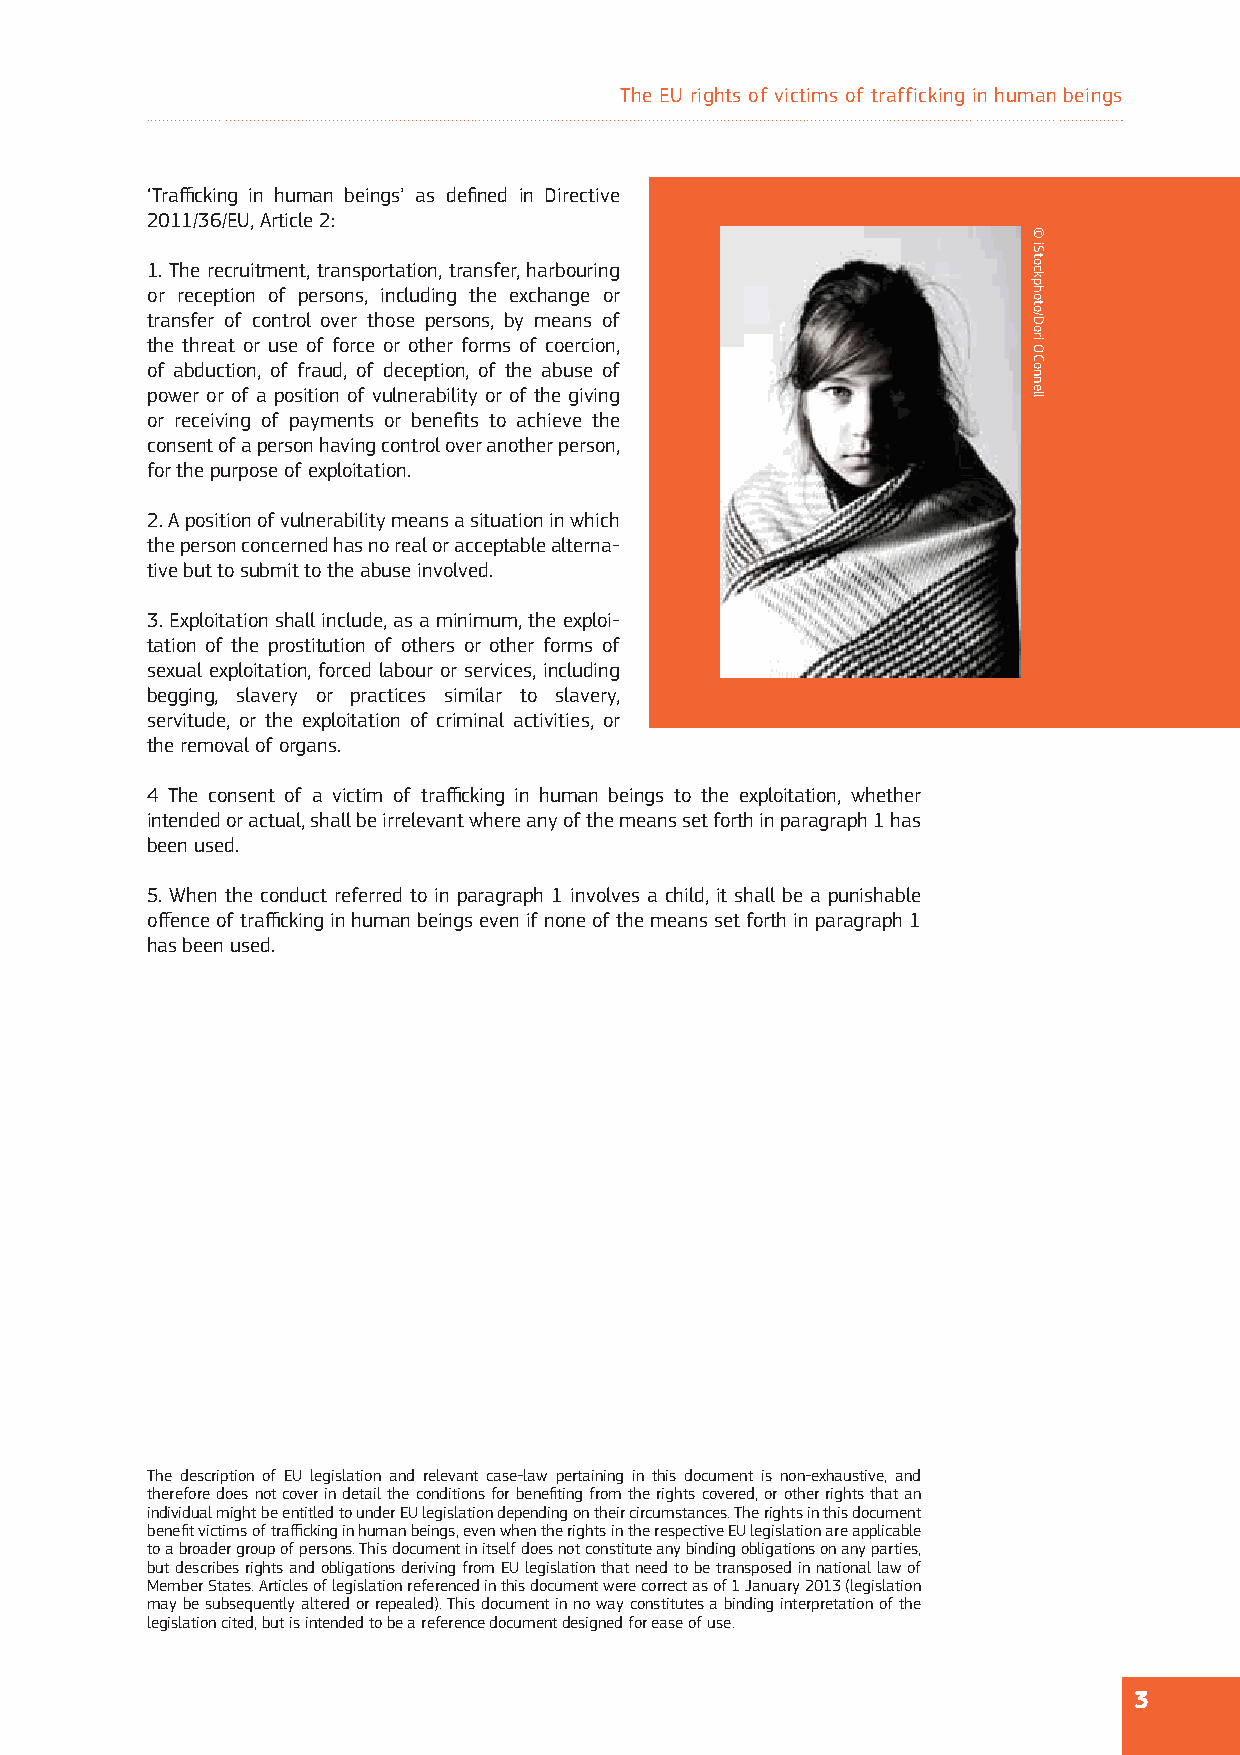
The EU rights of victims of trafficking in human beings
 ‘Traffi cking in human beings’ as defi ned in Directive
 2011/36/EU, Article 2:
 1. The recruitment, transportation, transfer, harbouring
 or reception of persons, including the exchange or
 transfer of control over those persons, by means of
 the threat or use of force or other forms of coercion,
 of abduction, of fraud, of deception, of the abuse of
 power or of a position of vulnerability or of the giving
 or receiving of payments or benefi ts to achieve the
 consent of a person having control over another person,
 for the purpose of exploitation.
 2. A position of vulnerability means a situation in which
 the person concerned has no real or acceptable alterna-
 tive but to submit to the abuse involved.
 3. Exploitation shall include, as a minimum, the exploi-
 tation of the prostitution of others or other forms of
 sexual exploitation, forced labour or services, including
 begging, slavery or practices similar to slavery,
 servitude, or the exploitation of criminal activities, or
 the removal of organs.
 4 The consent of a victim of traffi cking in human beings to the exploitation, whether
 intended or actual, shall be irrelevant where any of the means set forth in paragraph 1 has
 been used.
 5. When the conduct referred to in paragraph 1 involves a child, it shall be a punishable
 off ence of traffi cking in human beings even if none of the means set forth in paragraph 1
 has been used.
 The description of EU legislation and relevant case-law pertaining in this document is non-exhaustive, and
 therefore does not cover in detail the conditions for benefi ting from the rights covered, or other rights that an
 individual might be entitled to under EU legislation depending on their circumstances. The rights in this document
 benefi t victims of traffi cking in human beings, even when the rights in the respective EU legislation are applicable
 to a broader group of persons. This document in itself does not constitute any binding obligations on any parties,
 but describes rights and obligations deriving from EU legislation that need to be transposed in national law of
 Member States. Articles of legislation referenced in this document were correct as of 1 January 2013 (legislation
 may be subsequently altered or repealed). This document in no way constitutes a binding interpretation of the
 legislation cited, but is intended to be a reference document designed for ease of use.
 3
 ©
 iStockphoto/Dori
 OConnell